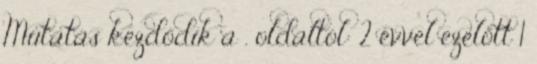
Mutatás kezdődik a . oldaltól: 2 évvel ezelőtt 1